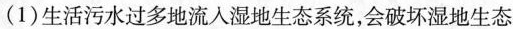
（1）生活污水过多地流入湿地生态系统，会破坏湿地生态